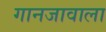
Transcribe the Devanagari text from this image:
गानजावाला